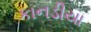
કાનડીયા